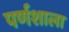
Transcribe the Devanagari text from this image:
पर्णशाला